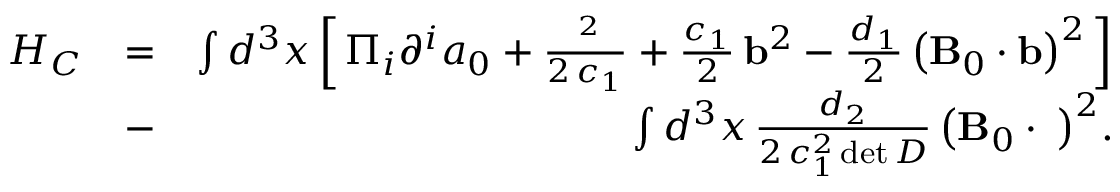
\begin{array} { r l r } { { H _ { C } } } & { = } & { \int { { d ^ { 3 } } x } \left[ \, { { \Pi _ { i } } { \partial ^ { i } } { a _ { 0 } } + \frac { { { { \bf \Pi } ^ { 2 } } } } { { 2 \, { c _ { 1 } } } } + \frac { { { c _ { 1 } } } } { 2 } \, { { \bf b } ^ { 2 } } - \frac { { { d _ { 1 } } } } { 2 } \, { { \left( { { \bf B } _ { 0 } \cdot { \bf b } } \right) } ^ { 2 } } } \, \right] } \\ & { - } & { \int { { d ^ { 3 } } x } \, \frac { { { d _ { 2 } } } } { { 2 \, c _ { 1 } ^ { 2 } \operatorname* { d e t } D } } \, { \left( { { \bf B } _ { 0 } \cdot { \bf \Pi } } \right) ^ { 2 } } . } \end{array}